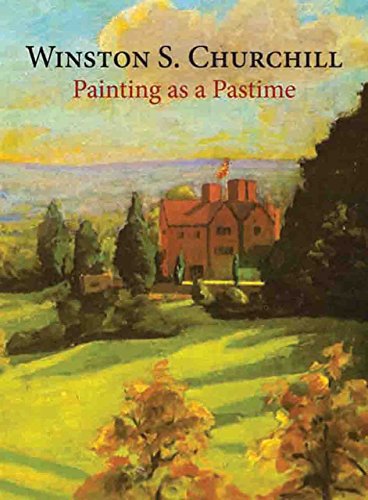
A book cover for Painting As a Pastime; Sir Winston S Churchill; Arts & Photography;